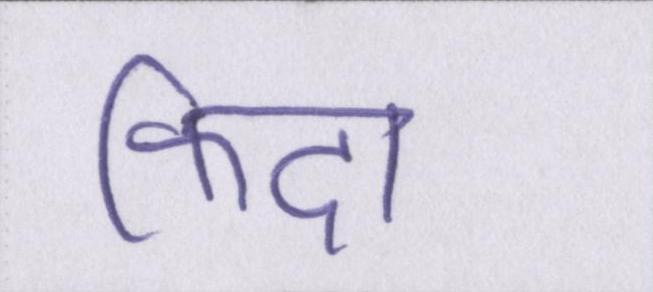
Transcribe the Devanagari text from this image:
फिदा